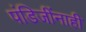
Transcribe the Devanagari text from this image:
पंडिजींनाही